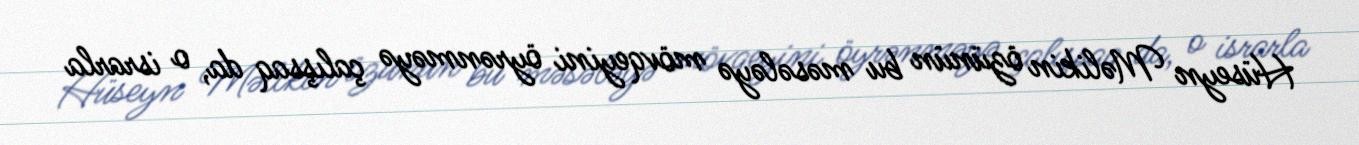
Hüseyn Məlikin özünün bu məsələyə mövqeyini öyrənməyə çalışsaq da, o israrla